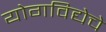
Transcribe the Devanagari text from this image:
योगविद्येचे